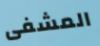
المشفى